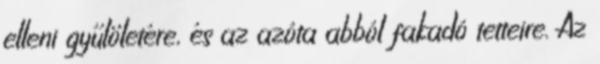
elleni gyűlöletére, és az azóta abból fakadó tetteire. Az